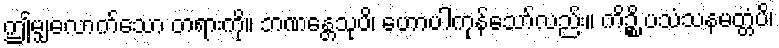
ဤမျှလောက်သော တရားကို။ ဘဏန္တေသုပိ၊ ဟောပါကုန်သော်လည်း။ ကိဉ္စိ ပသံသနမတ္တံပိ၊